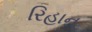
રિહાન